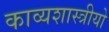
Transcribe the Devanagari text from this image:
काव्यशास्त्रीयो